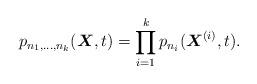
LaTeX: \begin{gather*}p_{n_1,\ldots,n_k}({\boldsymbol{X}},t)= \prod_{i=1}^{k}p_{n_i}({\boldsymbol{X}}^{(i)},t).\end{gather*}